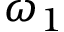
\omega _ { 1 }